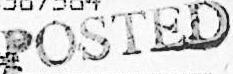
POSTED